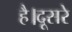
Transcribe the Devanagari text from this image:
है।दूसरे